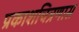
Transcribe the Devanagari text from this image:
प्रकाशचित्रणास